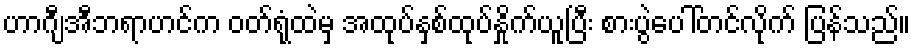
ဟာဂျီအီဘရာဟင်က ဝတ်ရုံထဲမှ အထုပ်နှစ်ထုပ်နှိုက်ယူပြီး စားပွဲပေါ်တင်လိုက် ပြန်သည်။